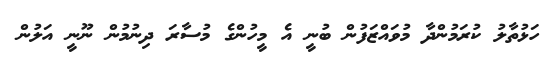
ހަޅުތާލު ކުރަމުންދާ މުވައްޒަފުން ބުނީ އެ މީހުންގެ މުސާރަ ދިނުމުން ނޫނީ އަލުން